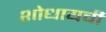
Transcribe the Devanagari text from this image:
शोधायची